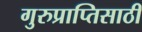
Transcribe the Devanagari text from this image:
गुरुप्राप्तिसाठी